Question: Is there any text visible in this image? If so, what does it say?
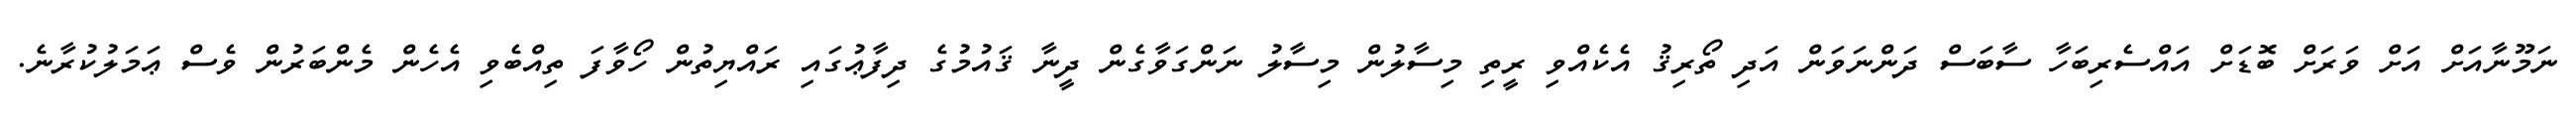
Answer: ނަމޫނާއަށް އަށް ވަރަށް ބޮޑަށް އައްސެރިބަހާ ސާބަސް ދަންނަވަން އަދި ތޯރިޤު އެކެއްވި ރީތި މިސާލުން މިސާލު ނަންގަވާގެން ދީނާ ޤައުމުގެ ދިފާޢުގައި ރައްޔިތުން ހޯވާފަ ތިއްބެވި އެހެން މެންބަރުން ވެސް ޢަމަލުކުރާނެ.